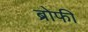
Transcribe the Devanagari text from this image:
ब्रोफी